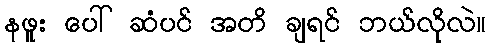
နဖူး ပေါ် ဆံပင် အတိ ချရင် ဘယ်လိုလဲ။